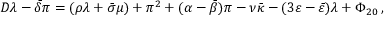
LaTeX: D \lambda - { \bar { \delta } } \pi = ( \rho \lambda + { \bar { \sigma } } \mu ) + \pi ^ { 2 } + ( \alpha - { \bar { \beta } } ) \pi - \nu { \bar { \kappa } } - ( 3 \varepsilon - { \bar { \varepsilon } } ) \lambda + \Phi _ { 2 0 } \, ,